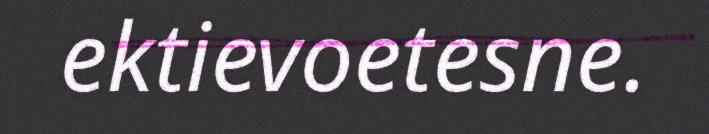
ektievoetesne.